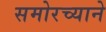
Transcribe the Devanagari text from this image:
समोरच्याने